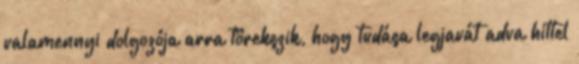
valamennyi dolgozója arra törekszik, hogy tudása legjavát adva hittel